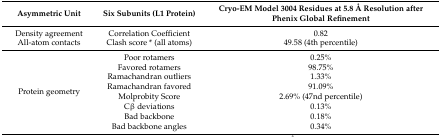
| Asymmetric Unit | Six Subunits (L1 Protein) | Cryo-EM Model 3004 Residues at 5.8 Å Resolution after Phenix Global Refinement |
 | --- | --- | --- |
 | Density agreement | Correlation Coefficient | 0.82 |
 | All-atom contacts | Clash score * (all atoms) | 49.58 (4th percentile) |
 | <ROWSPAN=8> Protein geometry | Poor rotamers | 0.25% |
 | Favored rotamers | 98.75% |
 | Ramachandran outliers | 1.33% |
 | Ramachandran favored | 91.09% |
 | Molprobity Score | 2.69% (47nd percentile) |
 | Cβ deviations | 0.13% |
 | Bad backbone | 0.18% |
 | Bad backbone angles | 0.34% |